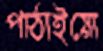
পাঠাইয়ো